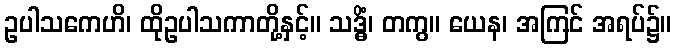
ဥပါသကေဟိ၊ ထိုဥပါသကာတို့နှင့်။ သဒ္ဓိံ၊ တကွ။ ယေန၊ အကြင် အရပ်၌။